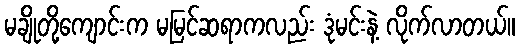
မချိုတို့ကျောင်းက မမြင်ဆရာကလည်း ဒုံမင်းနဲ့ လိုက်လာတယ်။